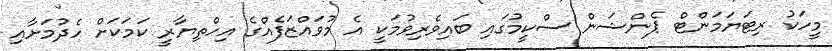
މީހަކު ރިޓަޔަމަންޓް ޕެންޝަން ސްކީމުގައި ބައިވެރިވުމަކީ އެ މުވައްޒަފެއްގެ އިހްތިޔާރީ ކަމަކަށް ހެދުމަށާއި